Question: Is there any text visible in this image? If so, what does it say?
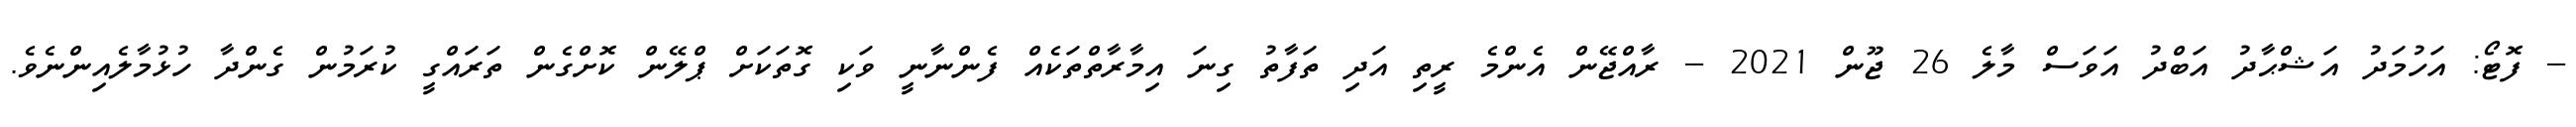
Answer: -- ފޮޓޯ: އަހުމަދު އަޝްޙާދު އަބްދު އަވަސް މާލެ 26 ޖޫން 2021 -- ރާއްޖޭން އެންމެ ރީތި އަދި ތަފާތު ގިނަ އިމާރާތްތަކެއް ފެންނާނީ ވަކި ގޮތަކަށް ޕްލޭން ކޮށްގެން ތަރައްގީ ކުރަމުން ގެންދާ ހުޅުމާލެއިންނެވެ.